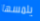
يلمسها